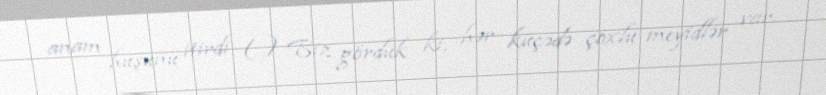
anam huşunu itirdi (...) Biz gördük ki, hər küçədə çoxlu meyidlər var.